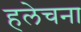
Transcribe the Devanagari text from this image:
हलेचना